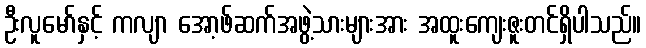
ဦးလူမော်နှင့် ကလျာ အော့ဖ်ဆက်အဖွဲ့သားများအား အထူးကျေးဇူးတင်ရှိပါသည်။